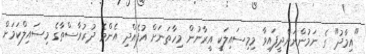
"އިމާދު" ގެ ނަމުންނަންދީފައިވާ މިމިސައިލަކީ އީރާނުން މިހާތަނަށް އުފެއްދި އެންމެ ދުރުރާސްތާގެ މިސައިލްކަމަށް